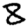
Digit: 8